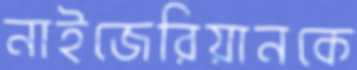
নাইজেরিয়ানকে